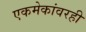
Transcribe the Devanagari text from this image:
एकमेकांवरही